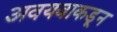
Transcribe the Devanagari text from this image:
अवयवाकडून